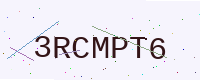
Text: 3RCMPT6